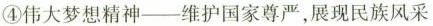
④伟大梦想精神--维护国家尊严，展现民族风采